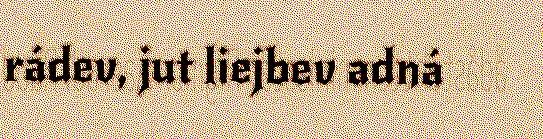
rádev, jut liejbev adná